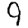
Digit: 9